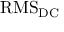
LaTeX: { \mathrm { R M S } } _ { \mathrm { D C } }